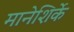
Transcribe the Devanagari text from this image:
मानेशिर्के